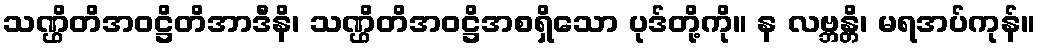
သဏ္ဌိတိအဝဋ္ဌိတိအာဒီနိ၊ သဏ္ဌိတိအဝဋ္ဌိအစရှိသော ပုဒ်တို့ကို။ န လဗ္ဘန္တိ၊ မရအပ်ကုန်။